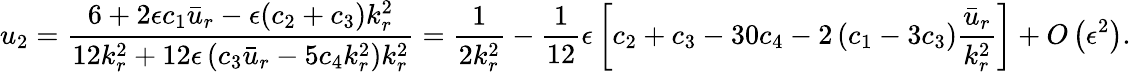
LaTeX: u_{2}=\frac{6+2\epsilon c_{1}\bar{u}_{r}-\epsilon(c_{2}+c_{3})k_{r}^{2}}{12k_{r}^{2}+12\epsilon\left(c_{3}\bar{u}_{r}-5c_{4}k_{r}^{2}\right)k_{r}^{2}}=\frac{1}{2k_{r}^{2}}-\frac{1}{12}\epsilon\left[c_{2}+c_{3}-30c_{4}-2\left(c_{1}-3c_{3}\right)\frac{\bar{u}_{r}}{k_{r}^{2}}\right]+O\left(\epsilon^{2}\right).